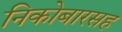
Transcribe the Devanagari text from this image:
निकोबारसह